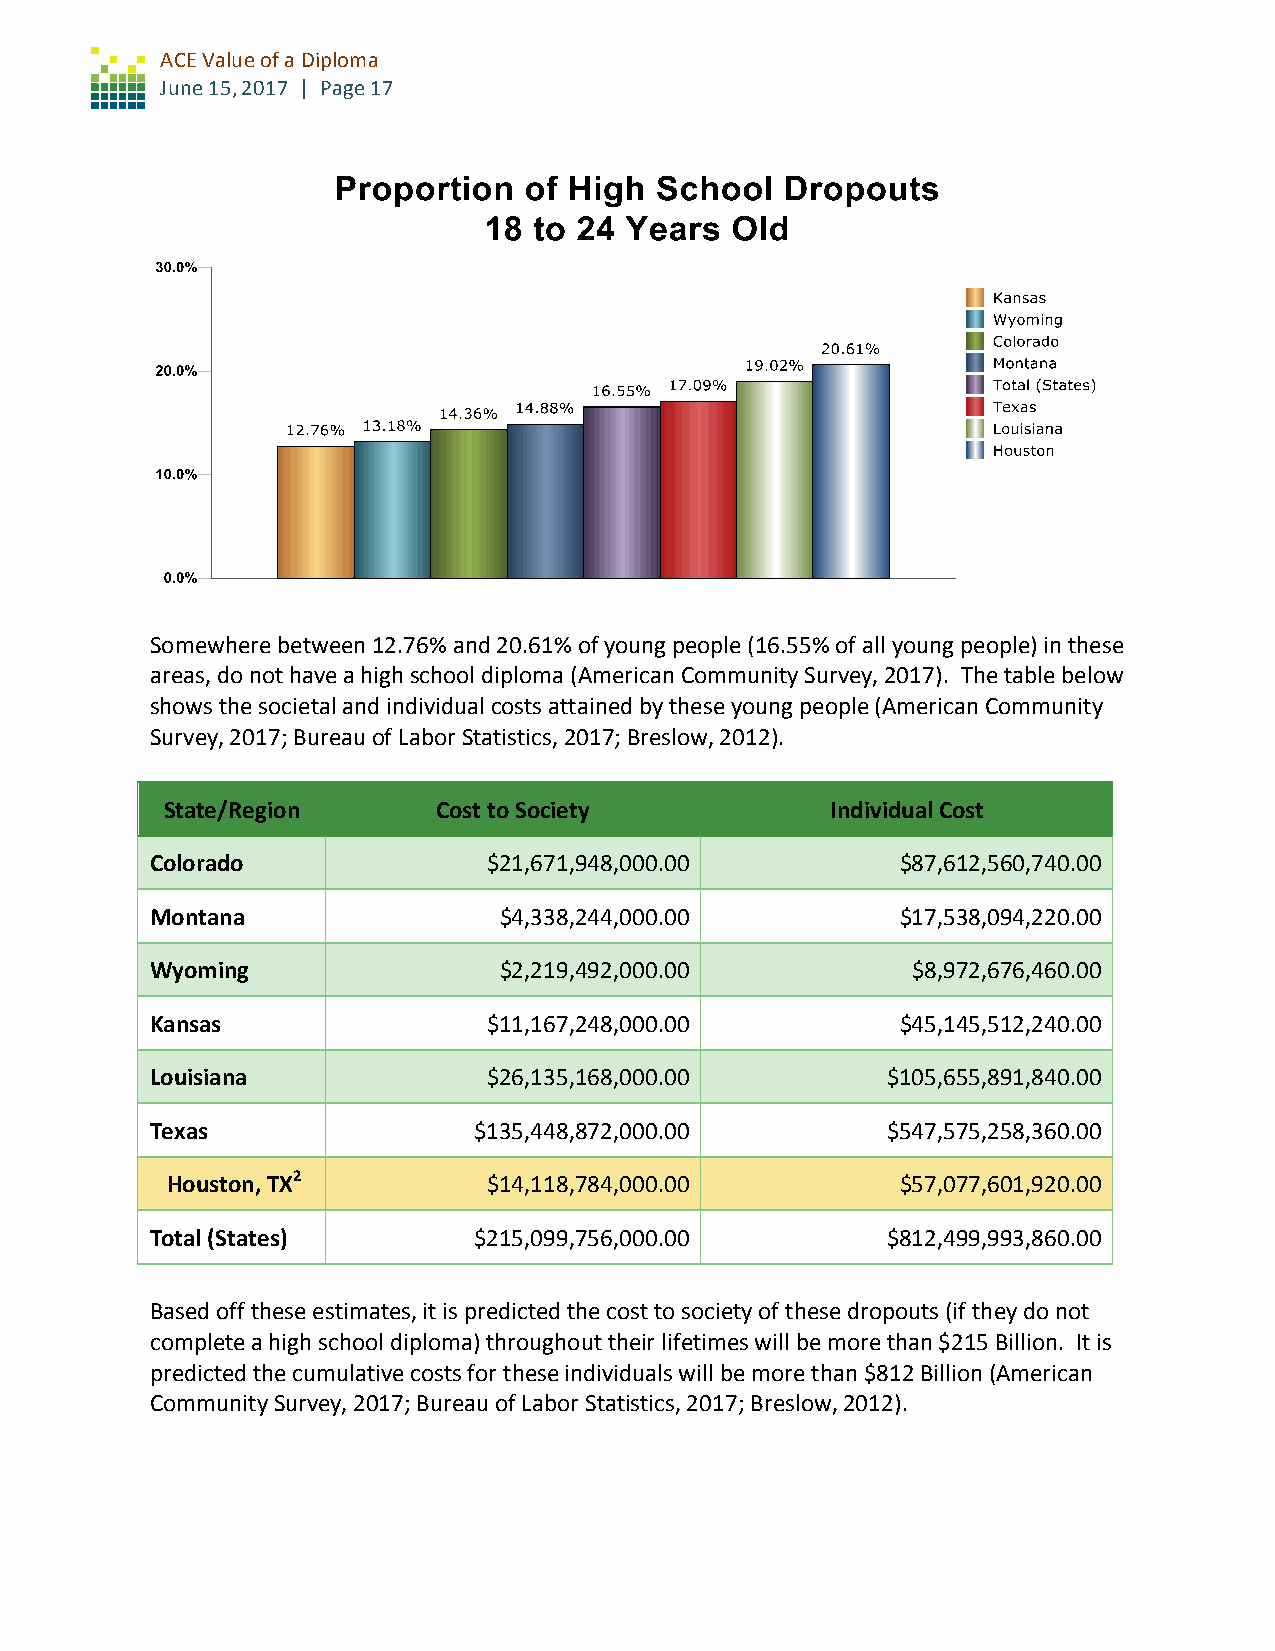
ACE Value of a Diploma
 June 15, 2017 | Page 17
 Somewhere between 12.76% and 20.61% of young people (16.55% of all young people) in these
 areas, do not have a high school diploma (American Community Survey, 2017). The table below
 shows the societal and individual costs attained by these young people (American Community
 Survey, 2017; Bureau of Labor Statistics, 2017; Breslow, 2012).
 State/Region      Cost to Society           Individual Cost
 Colorado              $21,671,948,000.00          $87,612,560,740.00
 Montana                $4,338,244,000.00          $17,538,094,220.00
 Wyoming                $2,219,492,000.00          $8,972,676,460.00
 Kansas                $11,167,248,000.00          $45,145,512,240.00
 Louisiana             $26,135,168,000.00         $105,655,891,840.00
 Texas                $135,448,872,000.00         $547,575,258,360.00
 Houston, TX2         $14,118,784,000.00          $57,077,601,920.00
 Total (States)       $215,099,756,000.00         $812,499,993,860.00
 Based off these estimates, it is predicted the cost to society of these dropouts (if they do not
 complete a high school diploma) throughout their lifetimes will be more than $215 Billion. It is
 predicted the cumulative costs for these individuals will be more than $812 Billion (American
 Community Survey, 2017; Bureau of Labor Statistics, 2017; Breslow, 2012).